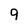
Character: 9